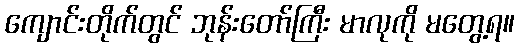
ကျောင်းတိုက်တွင် ဘုန်းတော်ကြီး မာလုကို မတွေ့ရ။